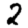
Digit: 2